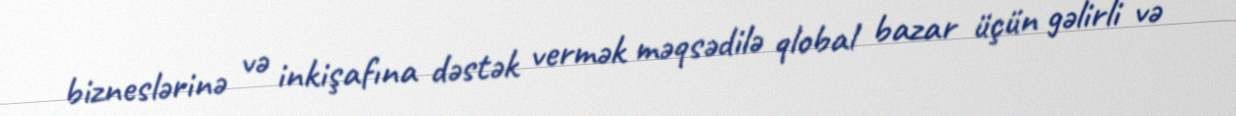
bizneslərinə və inkişafına dəstək vermək məqsədilə qlobal bazar üçün gəlirli və